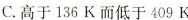
C. 高于136K而低于409K